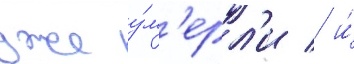
уже у́м'ерл'и / и́